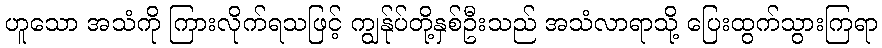
ဟူသော အသံကို ကြားလိုက်ရသဖြင့် ကျွန်ုပ်တို့နှစ်ဦးသည် အသံလာရာသို့ ပြေးထွက်သွားကြရာ